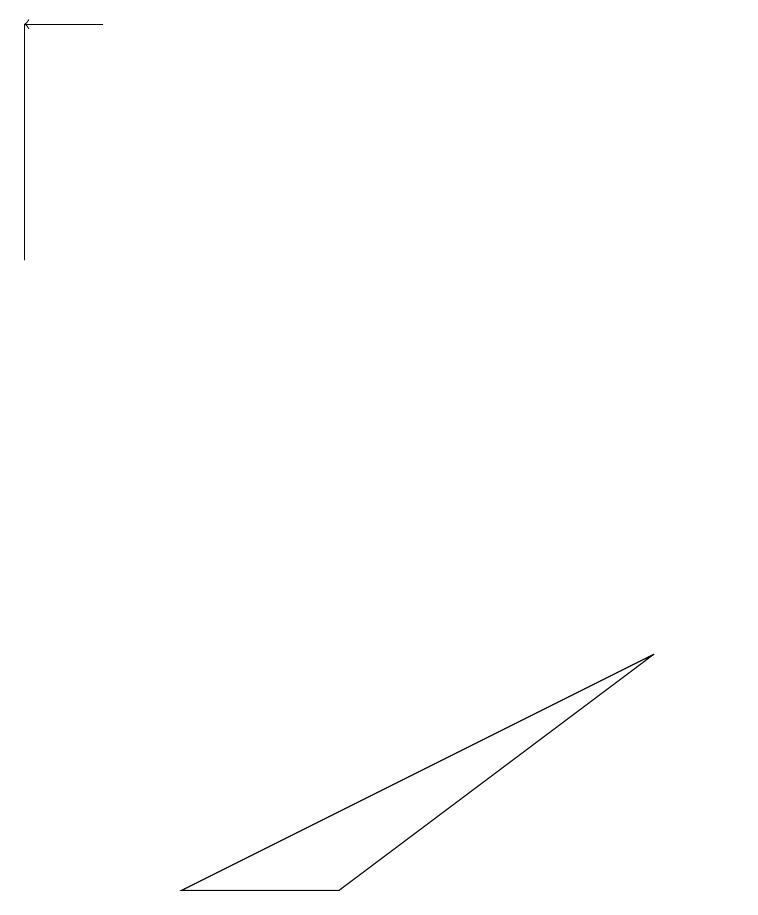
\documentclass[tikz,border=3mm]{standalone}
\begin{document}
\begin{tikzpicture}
\draw (1,16) rectangle (1,13);
\draw (10,10) circle (0);
\draw[->] (2,16) -- (1,16);
\draw (3,5) -- (9,8) -- (5,5) -- cycle;
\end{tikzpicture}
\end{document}